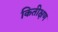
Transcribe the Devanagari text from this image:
कितीक्षण